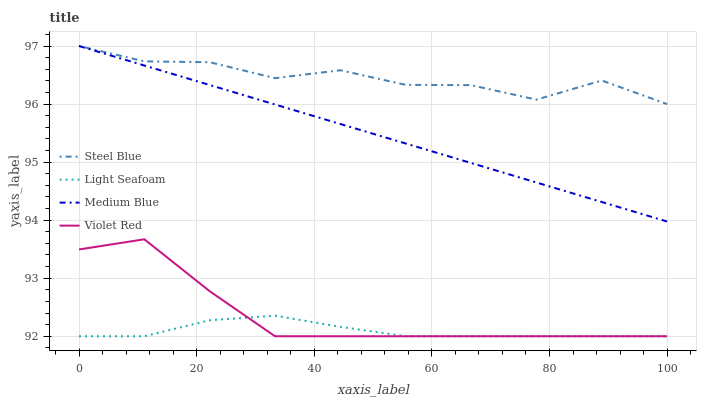
| xaxis_label | Steel Blue | Light Seafoam | Medium Blue | Violet Red |
 | --- | --- | --- | --- | --- |
 | 0 | 97 | 92 | 97 | 93.5 |
 | 11.1 | 96.7 | 92 | 96.7 | 93.7 |
 | 22.2 | 96.7 | 92.3 | 96.3 | 92.8 |
 | 33.3 | 96.4 | 92.4 | 96 | 92 |
 | 44.4 | 96.6 | 92.2 | 95.7 | 92 |
 | 55.6 | 96.3 | 92 | 95.3 | 92 |
 | 66.7 | 96.3 | 92 | 95 | 92 |
 | 77.8 | 96.1 | 92 | 94.6 | 92 |
 | 88.9 | 96.4 | 92 | 94.3 | 92 |
 | 100 | 96 | 92 | 94 | 92 |